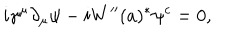
i \gamma ^ { \mu } \partial _ { \mu } \psi - i W ^ { \prime \prime } ( a ) ^ { \ast } \psi ^ { c } = 0 ,